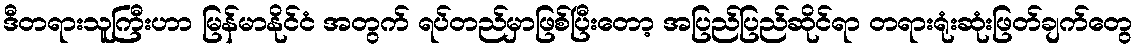
ဒီတရားသူကြီးဟာ မြန်မာနိုင်ငံ အတွက် ရပ်တည်မှာဖြစ်ပြီးတော့ အပြည်ပြည်ဆိုင်ရာ တရားရုံးဆုံးဖြတ်ချက်တွေ